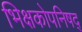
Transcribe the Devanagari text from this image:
भिक्षकोपनिषद्